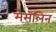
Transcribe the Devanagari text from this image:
मेसलिन